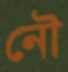
নৌ